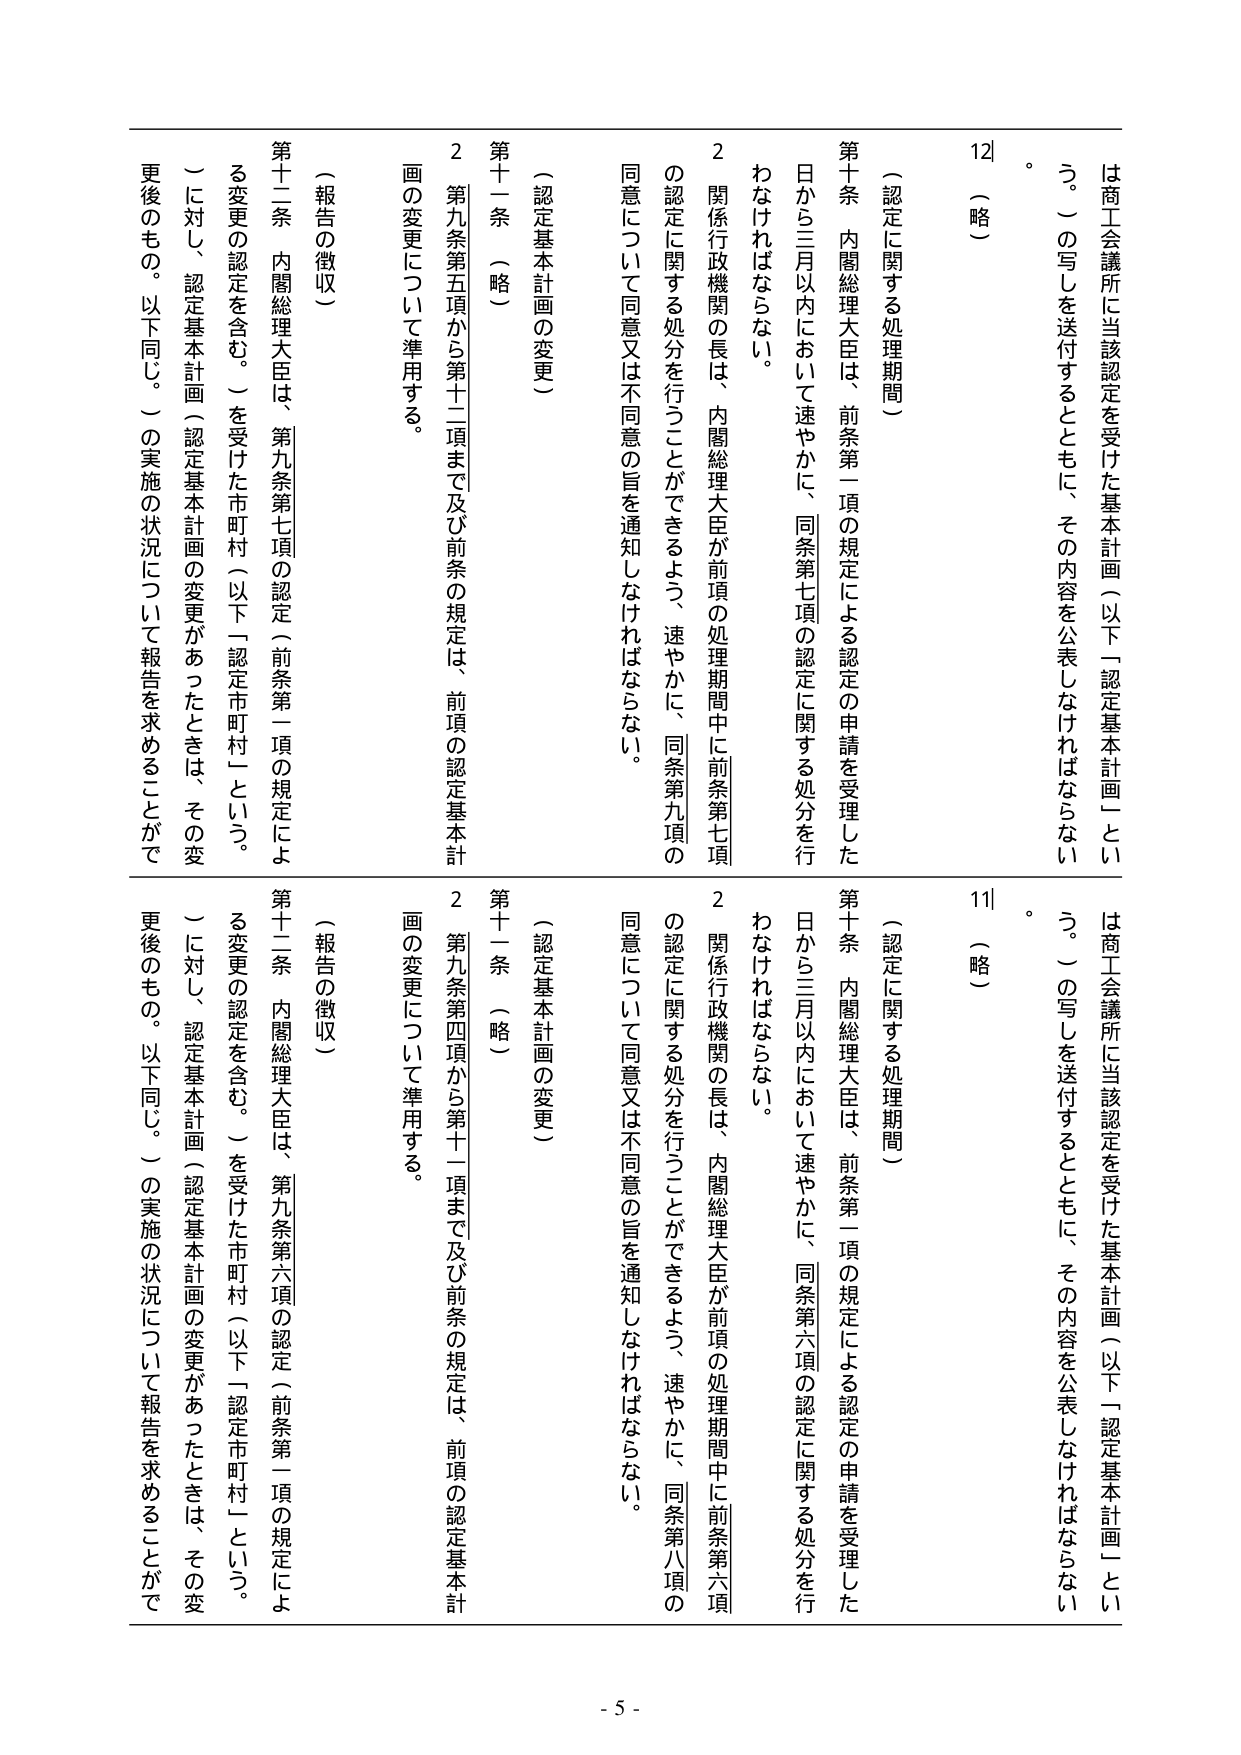
は商工会議所に当該認定を受けた基本計画（以下「認定基本計画」という。）の写しを送付するとともに、その内容を公表しなければならない。

（略）

第十条 内閣総理大臣は、前条第一項の規定による認定の申請を受理した日から三月以内において速やかに、同条第七項の認定に関する処分を行わなければならない。

２ 関係行政機関の長は、内閣総理大臣が前項の処理期間中に前条第七項の認定に関する処分を行うことができるよう、速やかに、同条第九項の同意について同意又は不同意の旨を通知しなければならない。

（認定基本計画の変更）

第十一条 （略）

２ 第九条第五項から第十一項まで及び前条の規定は、前項の認定基本計画の変更について準用する。

（報告の徴収）

第十二条 内閣総理大臣は、第九条第七項の認定（前条第一項の規定による変更の認定を含む。）を受けた市町村（以下「認定市町村」という。）に対し、認定基本計画（認定基本計画の変更があったときは、その変更後のもの。以下同じ。）の実施の状況について報告を求めることができる。

は商工会議所に当該認定を受けた基本計画（以下「認定基本計画」という。）の写しを送付するとともに、その内容を公表しなければならない。

（略）

第十条 内閣総理大臣は、前条第一項の規定による認定の申請を受理した日から三月以内において速やかに、同条第六項の認定に関する処分を行わなければならない。

２ 関係行政機関の長は、内閣総理大臣が前項の処理期間中に前条第六項の認定に関する処分を行うことができるよう、速やかに、同条第八項の同意について同意又は不同意の旨を通知しなければならない。

（認定基本計画の変更）

第十一条 （略）

２ 第九条第四項から第十一項まで及び前条の規定は、前項の認定基本計画の変更について準用する。

（報告の徴収）

第十二条 内閣総理大臣は、第九条第六項の認定（前条第一項の規定による変更の認定を含む。）を受けた市町村（以下「認定市町村」という。）に対し、認定基本計画（認定基本計画の変更があったときは、その変更後のもの。以下同じ。）の実施の状況について報告を求めることができる。

- 5 -